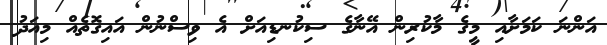
އަންނަ ކަމަށާއި މީގެ މާކުރިން އޭނާގެ ސިކުނޑިއަށް އެ ވިސްނުން އައިގޮތެއް މިއަދު